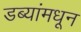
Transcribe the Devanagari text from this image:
डब्यांमधून